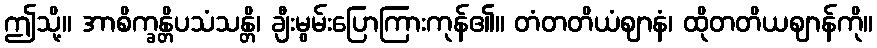
ဤသို့။ အာစိက္ခန္တိပသံသန္တိ၊ ချီးမွမ်းပြောကြားကုန်၏။ တံတတိယံဈာနံ၊ ထိုတတိယဈာန်ကို။